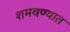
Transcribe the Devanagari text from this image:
शमवण्यात